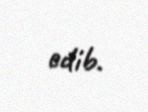
edib.